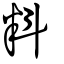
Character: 料